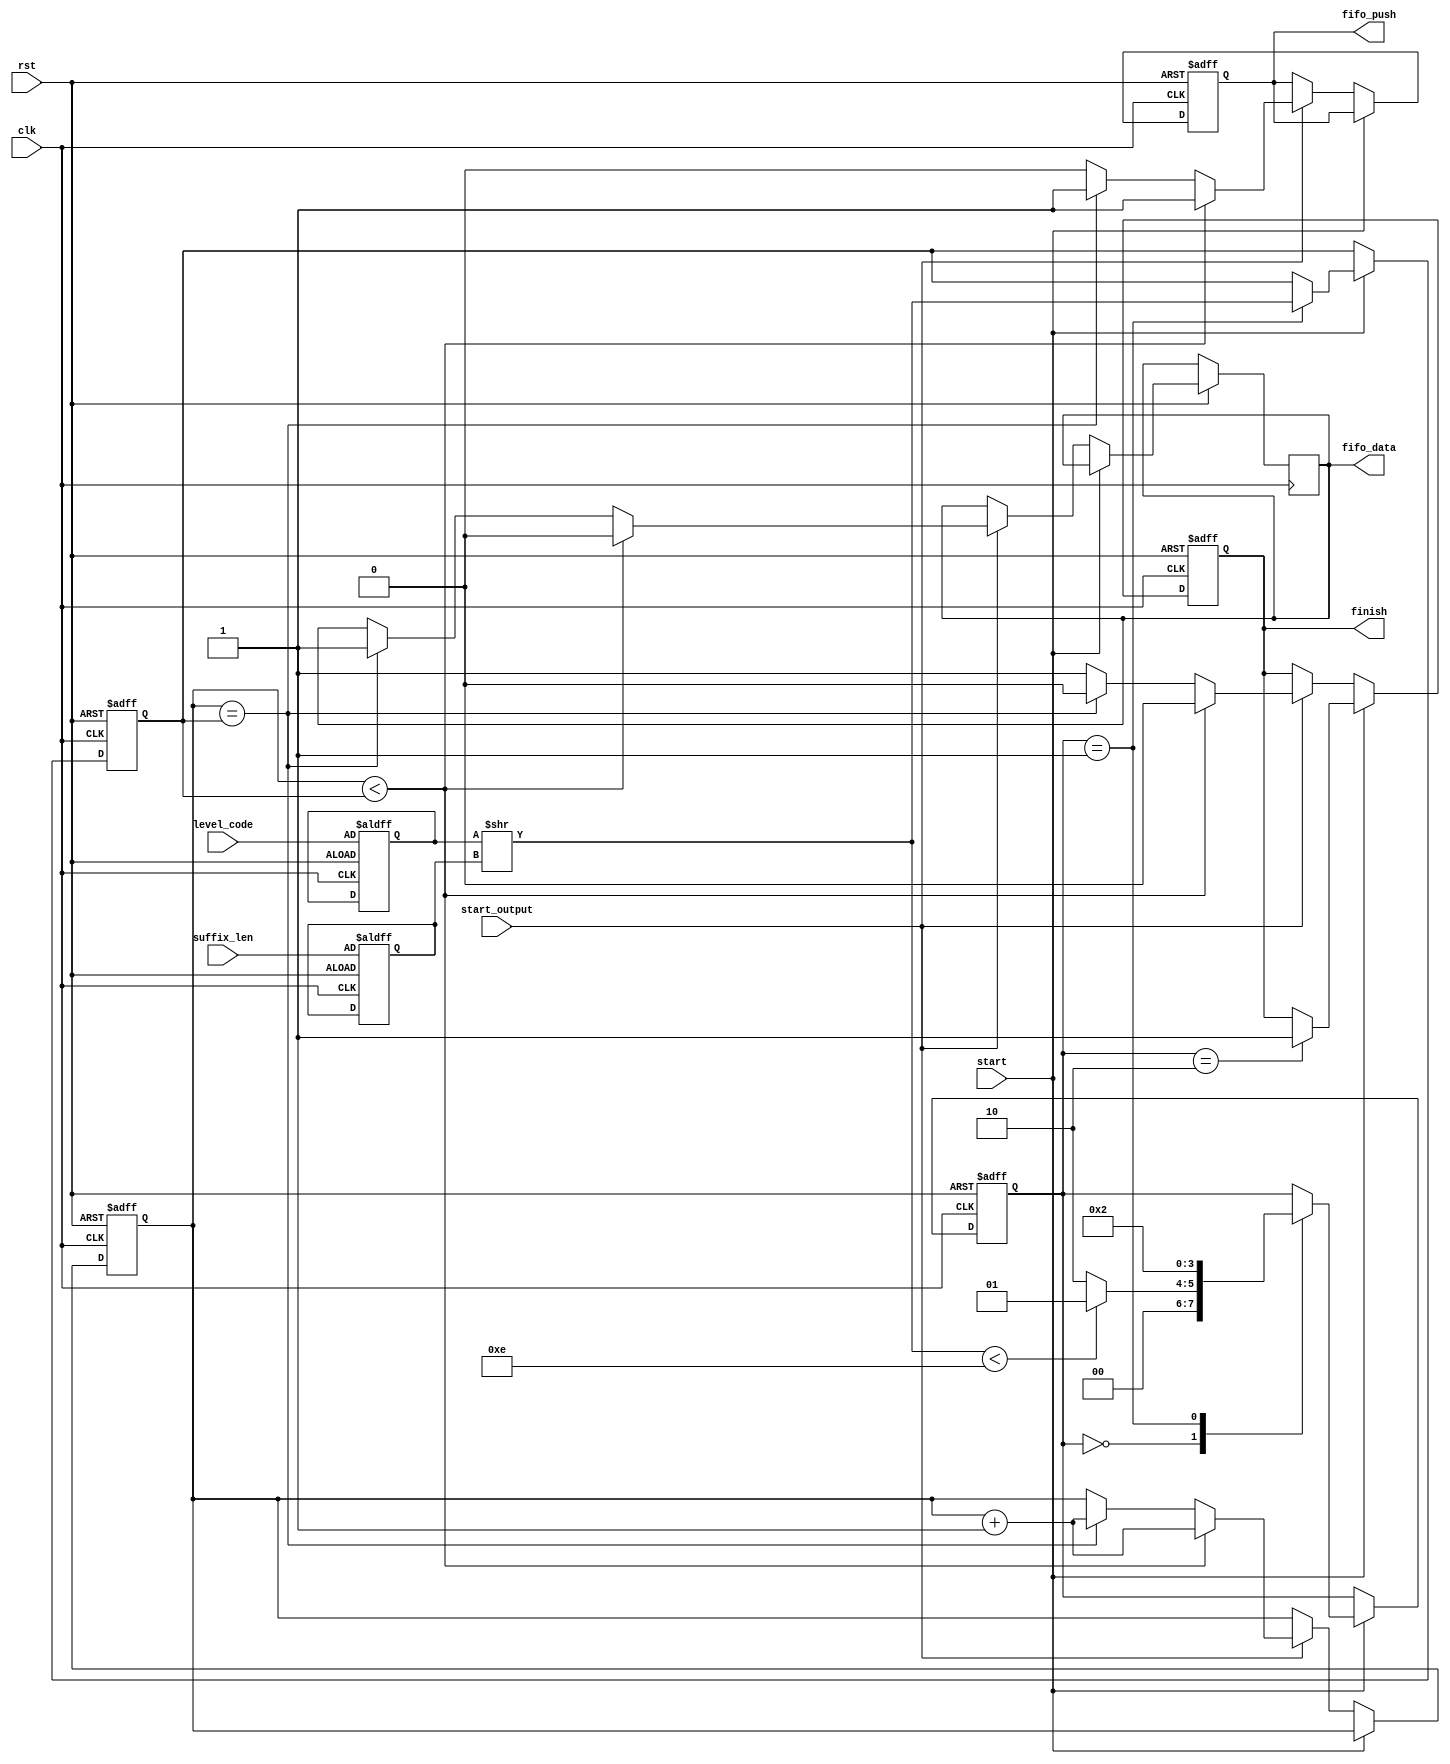
`timescale 1ns / 1ps
//////////////////////////////////////////////////////////////////////////////////
// Company: 
// Engineer: 
// 
// Design Name: 
// Module Name: prefix_calc
// Project Name: 
// Target Devices: 
// Tool Versions: 
// Description: 
// 
// Dependencies: 
// 
// Revision:
// Revision 0.01 - File Created
// Additional Comments:
// 
//////////////////////////////////////////////////////////////////////////////////


module Prefix_Calc #(parameter data_length = 9)(
			
input                       clk,
input                       rst,

// Control and Ack signals 
input                       start,
input                       start_output,
output reg                  finish,

// Data from the controller
input [data_length:0]     level_code,
input [2:0]                 suffix_len,

// Output prefix to the fifo
output reg                  fifo_push,
output reg                  fifo_data
);

reg         [2:0]           i_sufx_len ;
//reg signed [data_length:0]  i_level_code;  // PLEASE ENSURE REGISTER LEGNTH
//wire signed [data_length:0]  shifted_i_level_code;  // PLEASE ENSURE REGISTER LEGNTH
reg  [data_length:0]  i_level_code;  // PLEASE ENSURE REGISTER LEGNTH
wire  [data_length:0]  shifted_i_level_code;  // PLEASE ENSURE REGISTER LEGNTH
assign shifted_i_level_code = i_level_code >> (i_sufx_len);

reg [3:0] state;

reg [data_length:0]         prefix;

reg [data_length-1:0]       output_counter;

always@(posedge clk, negedge rst) begin
    if(!rst) begin
        i_sufx_len      <= suffix_len;
        i_level_code    <= level_code;
        prefix          <= 'b0;
        finish          <= 1'b0;
        state           <= 'b0;
        output_counter  <= 'b0;
        fifo_push       <= 'b0;
    end 
    else begin
            if(start) begin
                case(state)
                    'd0: state <= ((shifted_i_level_code < 'd14)? 'd1: 'd2);
                    'd1: 
                    begin
                        prefix <= shifted_i_level_code;
                        state <= 'd2;
                    end
                    'd2: finish <= 1;
                endcase
            end 
        else if (start_output) begin
            if(output_counter < prefix) begin
                output_counter  <= output_counter + 'b1;
                fifo_data       <= 'b0;
                fifo_push       <= 'b1;
                finish          <= 'b0;
            end
            else if (output_counter == prefix)begin
                fifo_data       <= 'b1;
                fifo_push       <= 'b1;
                finish          <= 'b0;
                output_counter  <= output_counter + 'b1;
            end
            else begin
                fifo_push       <= 'b0;
                finish          <= 'b1;
            end
        end
    end
end





endmodule